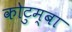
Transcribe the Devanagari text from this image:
कोटुम्बा